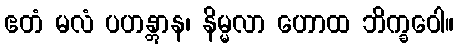
ဧတံ မလံ ပဟန္တွာန၊ နိမ္မလာ ဟောထ ဘိက္ခဝေါ။